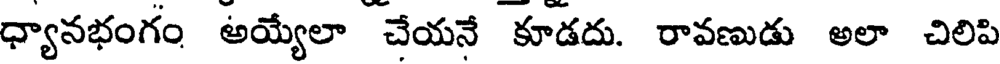
ధ్యానభంగం అయ్యేలా చేయనే కూడదు. రావణుడు అలా చిలిపి